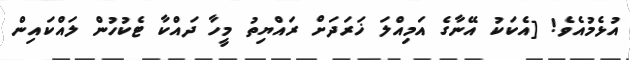
އުޅެމުއެވެ! [އެކަކު އޭނާގެ އަމިއްލަ ޚަރަދަށް ރައްޔިތު މީހާ ދައްކާ ޓެކުހުން ލައްކައިން